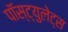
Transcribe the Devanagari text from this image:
पॉस्ट्युलेट्स